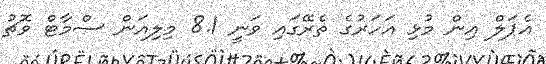
އެޕަލް އިން މުޅި އަހަރުގެ ތެރޭގައި ވަނީ 8.1 މިލިއަން ސްމާޓް ވޮޗު